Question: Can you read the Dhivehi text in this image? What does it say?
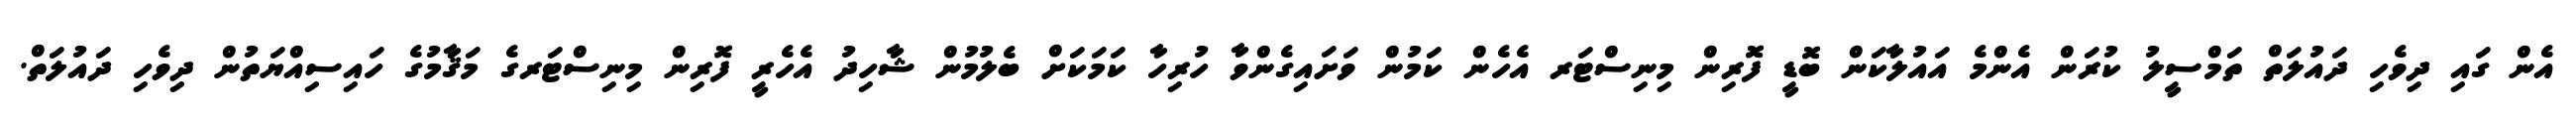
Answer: އެން ގައި ދިވެހި ދައުލަތް ތަމްސީލު ކުރަން އެންމެ އައުލާކަން ބޮޑީ ފޮރިން މިނިސްޓަރ އެހެން ކަމުން ވަށައިގެންވާ ހުރިހާ ކަމަކަށް ބެލުމުން ޝާހިދު އެހެރީ ފޮރިން މިނިސްޓަރގެ މަޤާމުގެ ހައިސިއްޔަތުން ދިވެހި ދައުލަތް.